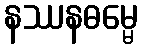
နဿနဓမ္မေ